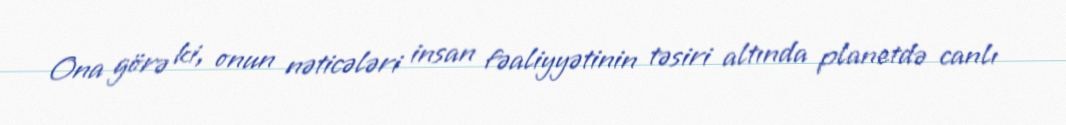
Ona görə ki, onun nəticələri insan fəaliyyətinin təsiri altında planetdə canlı